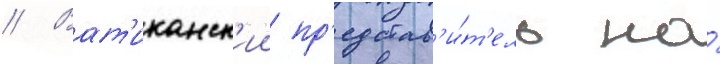
// Ват'иканск'ии пр'едстав'и́т'ель на́